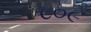
૮૦૯